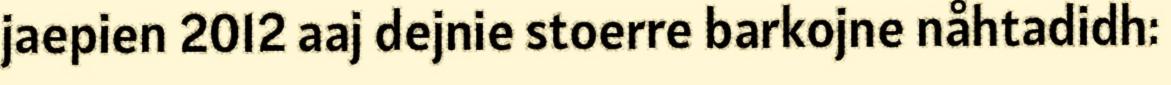
jaepien 2012 aaj dejnie stoerre barkojne nåhtadidh: